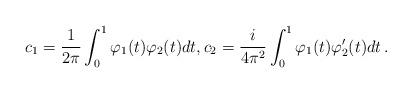
LaTeX: \begin{align*}c_1 = \frac{1}{2\pi}\int_0^1 \varphi_1(t)\varphi_2(t) dt,c_2 = \frac{i}{4\pi^2}\int_0^1 \varphi_1(t)\varphi_2'(t) dt \, .\end{align*}